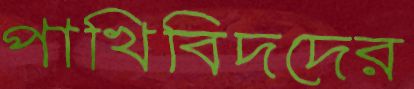
পাখিবিদদের